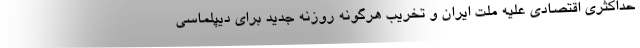
حداکثری اقتصادی علیه ملت ایران و تخریب هرگونه روزنه جدید برای دیپلماسی